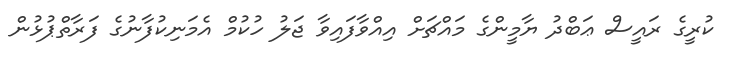
ކުރީގެ ރައީސް ޢަބްދު ޔާމީންގެ މައްޗަށް އިއްވާފައިވާ ޖަލު ހުކުމް އެމަނިކުފާނުގެ ފަރާތްޕުޅުން